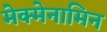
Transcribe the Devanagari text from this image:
मेक्मेनामिन